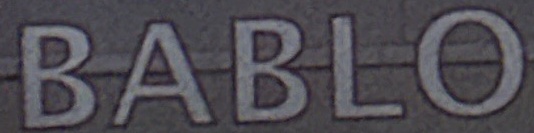
BABLO